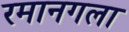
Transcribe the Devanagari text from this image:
रमानगला